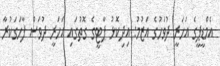
އެމްޑީޕީގެ އަހަރީ ދުވަހުގެ އަޒުމު: އިދިކޮޅު ޕާޓީގެ ގޮތުގައި އަހަރީ ދުވަސް ފާހަގަކުރާ